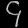
Digit: ၄